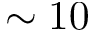
\sim 1 0